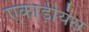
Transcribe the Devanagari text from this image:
एकाड़ीयंस